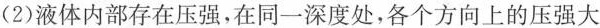
(2)液体内部存在压强，在同一深度处，各个方向上的压强大